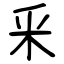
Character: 釆